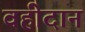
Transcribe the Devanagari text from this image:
वहीदान